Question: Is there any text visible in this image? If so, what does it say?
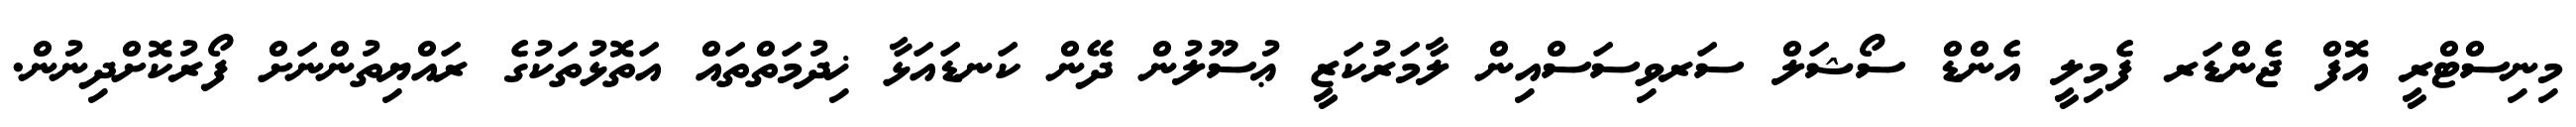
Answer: މިނިސްޓްރީ އޮފް ޖެންޑަރ ފެމިލީ އެންޑް ސޯޝަލް ސަރވިސަސްއިން ލާމަރުކަޒީ ޢުސޫލުން ދޭން ކަނޑައަޅާ ޚިދުމަތްތައް އަތޮޅުތަކުގެ ރައްޔިތުންނަށް ފޯރުކޮށްދިނުން.